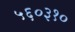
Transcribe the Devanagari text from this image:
५६०३१०